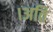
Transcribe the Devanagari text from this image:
।अति